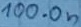
Text: 100.0n